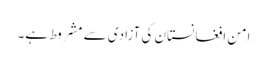
امن افغانستان کی آزادی سے مشروط ہے۔